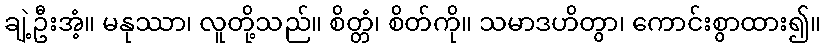
ချဲ့ဦးအံ့။ မနုဿာ၊ လူတို့သည်။ စိတ္တံ၊ စိတ်ကို။ သမာဒဟိတွာ၊ ကောင်းစွာထား၍။